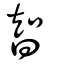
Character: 智